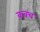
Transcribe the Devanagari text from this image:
क़वच